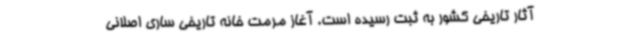
آثار تاریخی کشور به ثبت رسیده است. آغاز مرمت خانه تاریخی ساری اصلانی